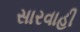
સારવાહી